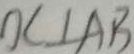
D C \bot A B